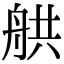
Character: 舼